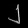
Digit: ၂